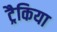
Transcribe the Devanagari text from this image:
ट्रैकिया